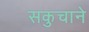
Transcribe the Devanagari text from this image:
सकुचाने